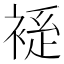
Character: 𫌃